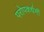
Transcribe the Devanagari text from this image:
परोपकर्धर्मी